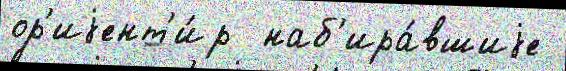
ор'иjент'и́р  наб'ира́вшиjе